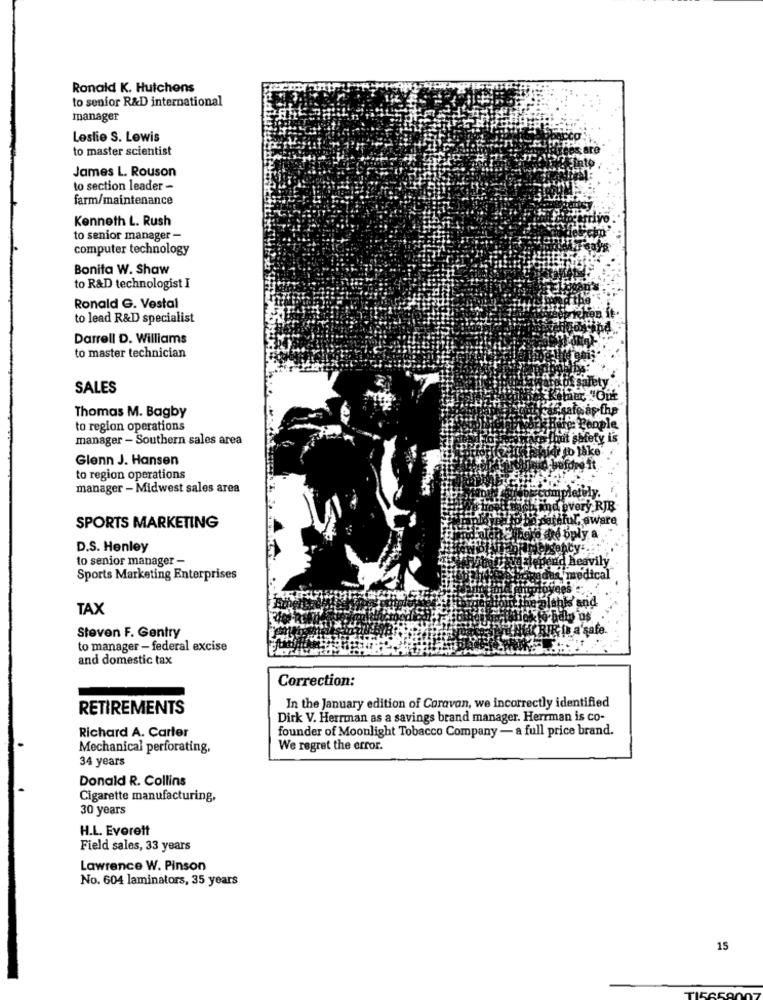
Ronald K. Hutchens
to senior R&D international
manager
Leslie S. Lewis
to master scientist
James L. Rouson
to section leader -
farm/maintenance
Kenneth L. Rush
to senior manager -
computer technology
Bonita W. Shaw
to R&D technologist I
Ronald G. Vestal
to lead R&D specialist
Darrell D. Williams
to master technician
SALES
Thomas M. Bagby
afgåş fhp
to region operations
manager - Southern sales area
safet
tb låke
Glenn J. Hansen
to region operations
manager - Midwest sales area
mpletely
every RJR
ateful, aware
SPORTS MARKETING
Seated oply
D.S. Henley
to senior manager -
d heavily
Sports Marketing Enterprises
"medical
TAX
KRIK IB a'safe.
Steven F. Gentry
to manager - federal excise
and domestic tax
Correction:
RETIREMENTS
In the January edition of Caravan, we incorrectly identified
Dirk V. Herrman as a savings brand manager. Herrman is co-
Richard A. Carter
founder of Moonlight Tobacco Company - a full price brand.
Mechanical perforating,
We regret the error.
34 years
Donald R. Collins
Cigarette manufacturing,
30 years
H.L. Everett
Field sales, 33 years
Lawrence W. Pinson
No. 604 laminators, 35 years
15